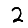
Digit: 2